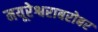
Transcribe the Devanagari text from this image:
मयूरेश्वराबरोबर